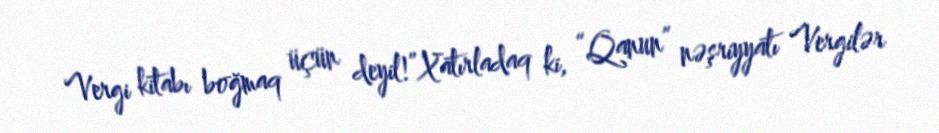
Vergi kitabı boğmaq üçün deyil!”Xatırladaq ki, “Qanun” nəşriyyatı Vergilər